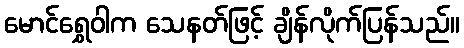
မောင်ရွှေဝါက သေနတ်ဖြင့် ချိန်လိုက်ပြန်သည်။